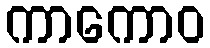
ကာကောဝ